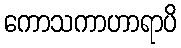
ကောသကာဟာရာပိ